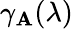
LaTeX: \gamma_{\mathbf{A}}(\lambda)